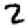
Digit: 2